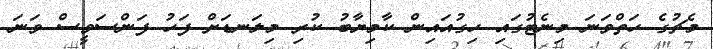
މެޗުގެ ހަތްވަނަ މިނެޓުގައި ހިގުއައިން ކާމިޔާބު ކުރި މިލަނޑަށް ފަހު ފަންސަވީސް ވަނަ